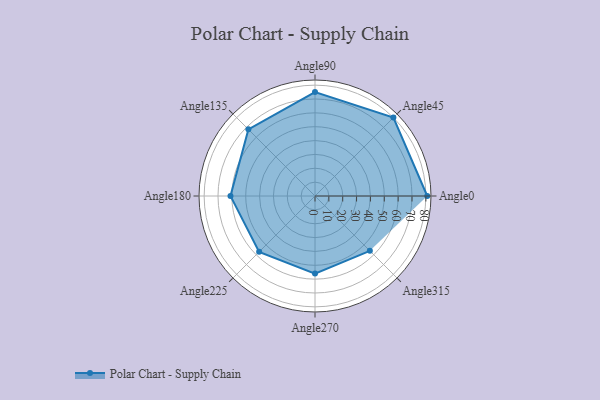
{"axis": {"x": "Angle", "y": "Radius"}, "legend": [""], "data": [{"x": "Angle0", "y": 81.0, "type": ""}, {"x": "Angle45", "y": 80.0, "type": ""}, {"x": "Angle90", "y": 75.0, "type": ""}, {"x": "Angle135", "y": 68.0, "type": ""}, {"x": "Angle180", "y": 61.0, "type": ""}, {"x": "Angle225", "y": 57.0, "type": ""}, {"x": "Angle270", "y": 56.0, "type": ""}, {"x": "Angle315", "y": 56.0, "type": ""}]}